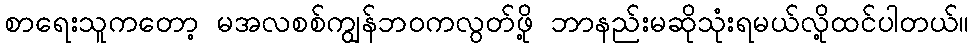
စာရေးသူကတော့ မအလစစ်ကျွန်ဘဝကလွတ်ဖို့ ဘာနည်းမဆိုသုံးရမယ်လို့ထင်ပါတယ်။